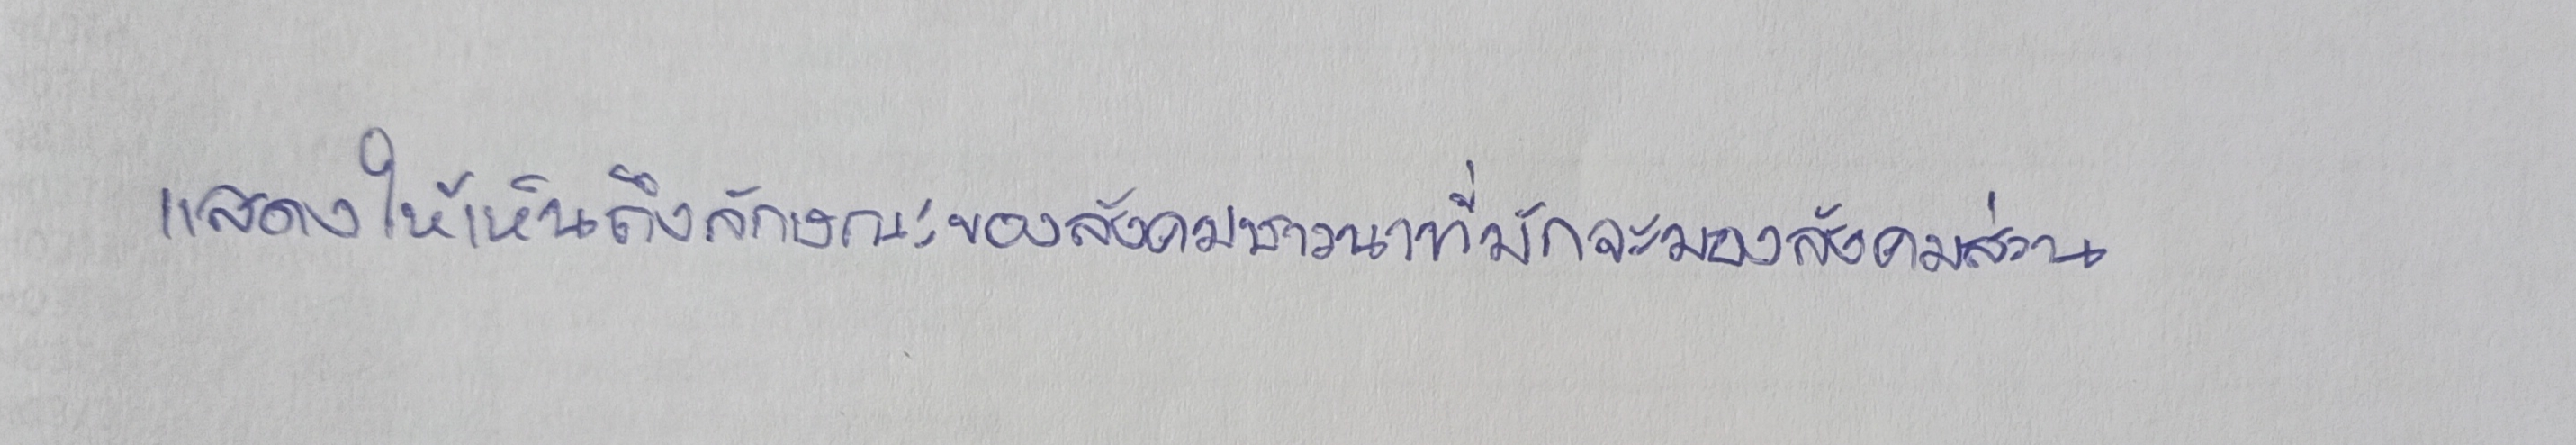
แสดงให้เห็นถึงลักษณะของสังคมชาวนาที่มักจะมองสังคมส่วน